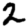
Digit: 2